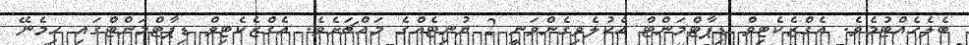
ބެލެހެއްޓުމެވެ. އެގްޒެކެޓިވް ޑިޕާޓްމަންޓް އެކުލެވިގެންވަނީ 2 ޔުނިޓެއްގެ މައްޗަށެވެ. އެގްޒެކެޓިވް ޑިޕާޓްމަންޓްގައި ހިމެނޭ